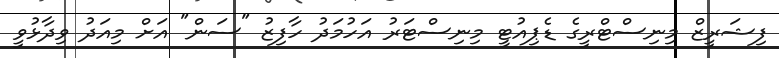
ފިޝަރީޒް މިނިސްޓްރީގެ ޑެޕިއުޓީ މިނިސްޓަރު އަހުމަދު ހާފިޒު "ސަން" އަށް މިއަދު ވިދާޅުވީ